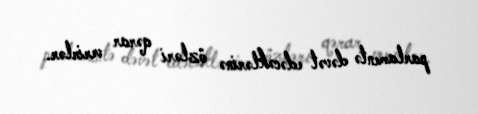
parlamentə dəvət edəcəklərinə özləri qərar verirlər.